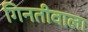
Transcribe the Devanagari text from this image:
गिनतीवाला